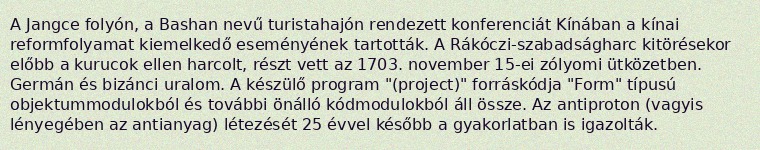
A Jangce folyón, a Bashan nevű turistahajón rendezett konferenciát Kínában a kínai reformfolyamat kiemelkedő eseményének tartották. A Rákóczi-szabadságharc kitörésekor előbb a kurucok ellen harcolt, részt vett az 1703. november 15-ei zólyomi ütközetben. Germán és bizánci uralom. A készülő program "(project)" forráskódja "Form" típusú objektummodulokból és további önálló kódmodulokból áll össze. Az antiproton (vagyis lényegében az antianyag) létezését 25 évvel később a gyakorlatban is igazolták.